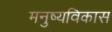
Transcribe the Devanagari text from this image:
मनुष्यविकास